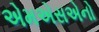
એમએસએનો